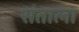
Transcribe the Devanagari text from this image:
संताला